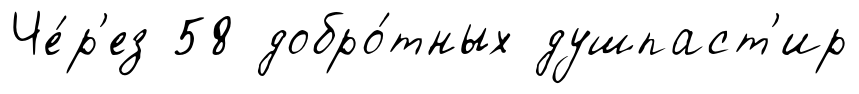
Че́р'ез 58 добро́тных душпаст'ир